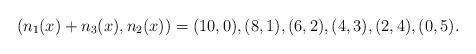
LaTeX: \begin{align*}(n_1(x)+n_3(x),n_2(x))= (10,0), (8,1), (6,2), (4,3), (2,4), (0,5).\end{align*}